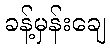
ခန့်မှန်းချေ